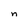
Character: n